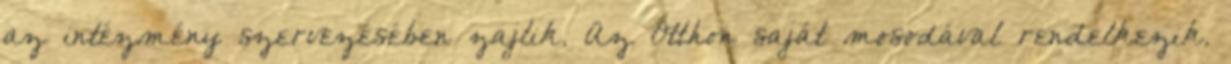
az intézmény szervezésében zajlik. Az Otthon saját mosodával rendelkezik.